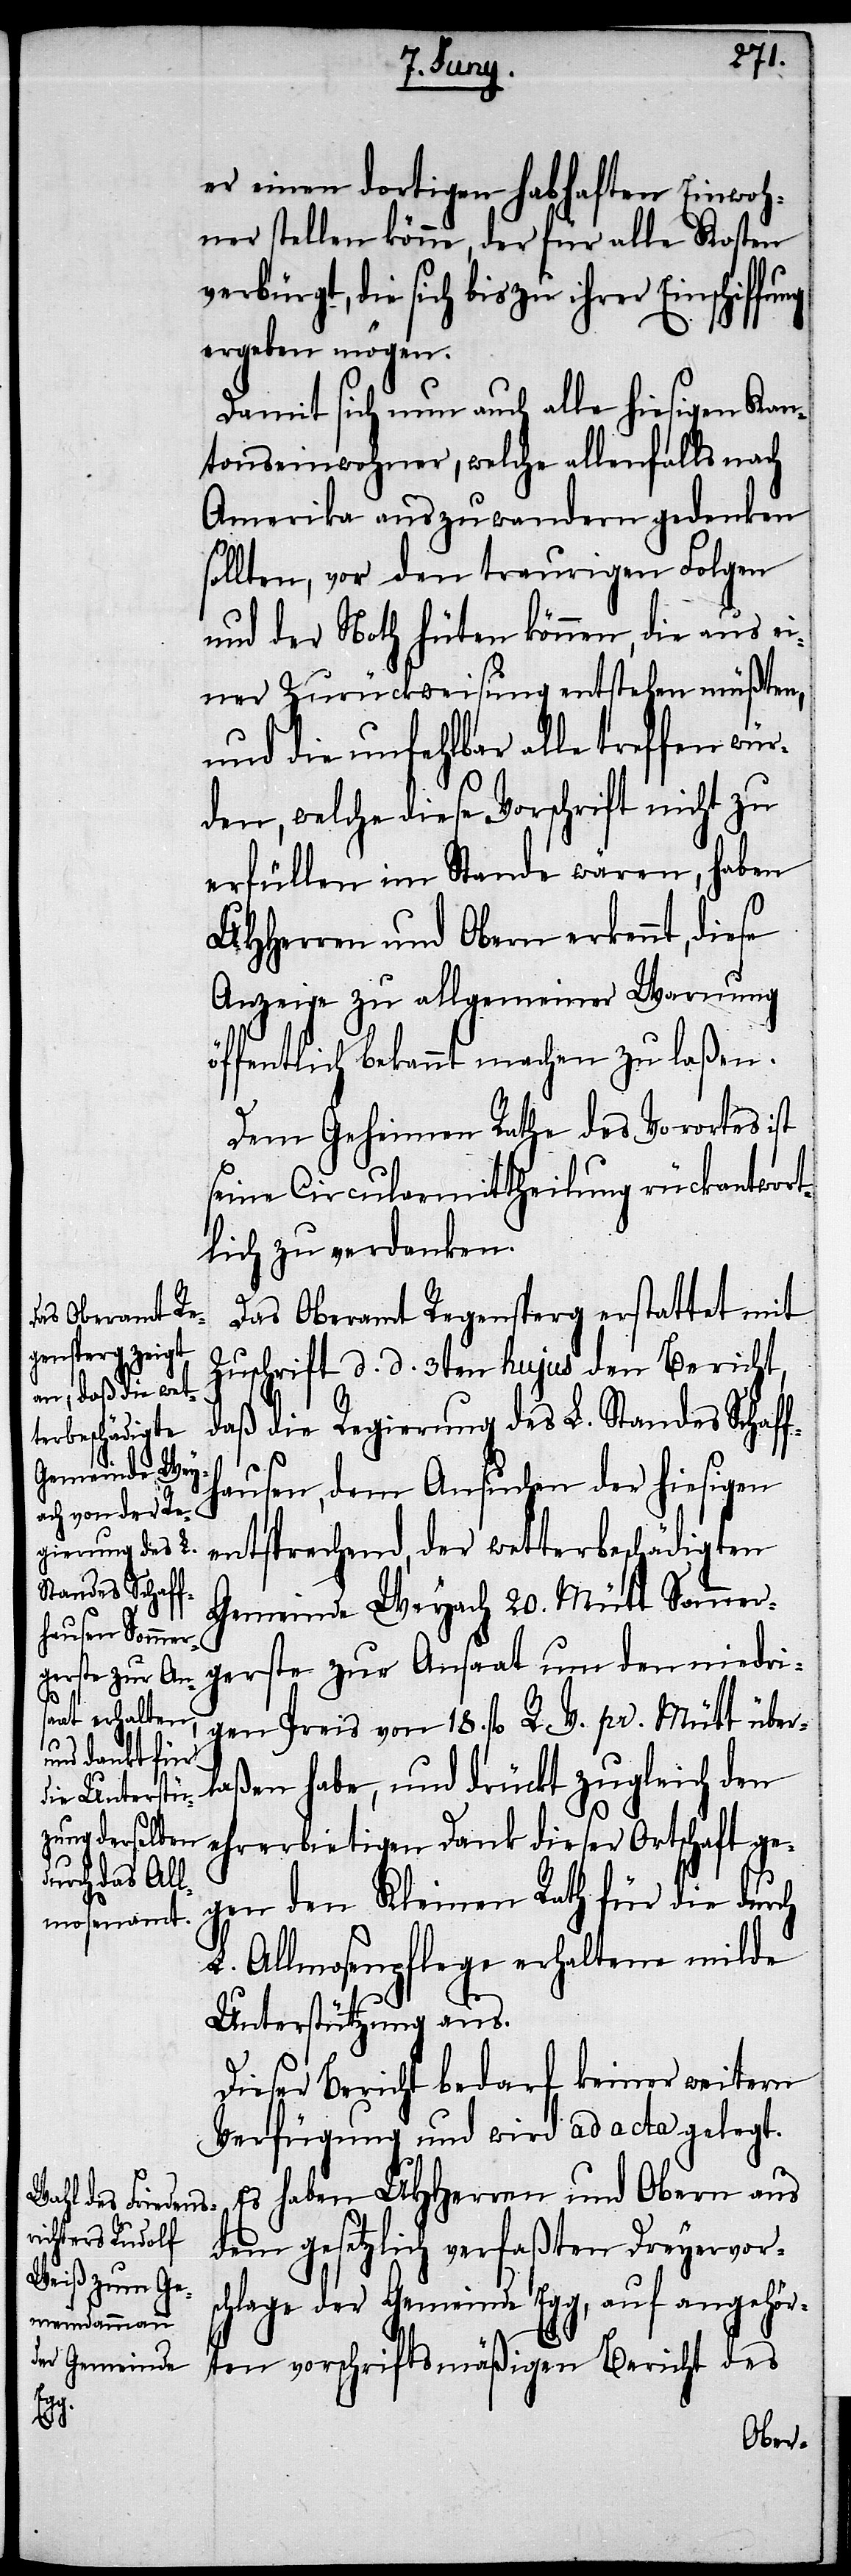
er einen dortigen habhaften Einwoh¬
ner stellen könne, der für alle Kosten
verbürgt, die sich bis zu ihrer Einschiffung
ergeben mögen.
Damit sich nun auch alle hiesigen Kan¬
tonseinwohner, welche allenfalls nach
Amerika auszuwandern gedenken
sollten, vor den traurigen Folgen
und der Noth hüten können, die aus ei¬
ner Zurückweisung entstehen müßten,
und die unfehlbar alle treffen wür¬
den, welche diese Vorschrift nicht zu
erfüllen im Stande wären, haben
UHHerren und Obern erkennt, diese
Anzeige zu allgemeiner Warnung
öffentlich bekannt machen zu laßen.
Dem Geheimen Rathe des Vorortes ist
seine Circularmittheilung rückantwort¬
lich zu verdanken.
Das Oberamt Regensperg erstattet mit
Zuschrift d. d. 3ten hujus den Bericht,
daß die Regierung des L. Standes Schaff¬
hausen, dem Ansuchen der hiesigen
entsprechend, der wetterbeschädigten
Gemeinde Weyach 20. Mütt Sommer¬
gerste zur Ansaat um den niedri¬
gen Preis von 18. fl. R. V. pr. Mütt über¬
laßen habe, und drückt zugleich den
ehrerbietigen Dank dieser Ortschaft ge¬
gen den Kleinen Rath für die durch
L. Allmosenpflege erhaltene milde
Unterstützung aus.
Dieser Bericht bedarf keiner weitern
Verfügung und wird ad acta gelegt.
Es haben UHHerren und Obern aus
dem gesetzlich verfaßten Dreyervors¬
chlage der Gemeinde Egg, auf angehör¬
ten vorschriftsmäßigen Bericht des